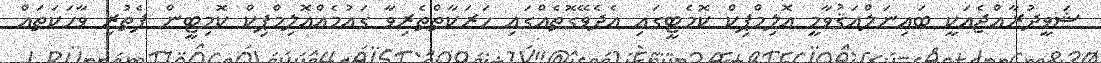
ޝަވީދުރާއްޖެއަކީ ބައިނަލްއަޤުވާމީ އޮލިމްޕިކް ކޮމެޓީގައި އެދެވޭގޮތެއްގައި ހަރަކާތްތެރިވާ ގައުމެއްއޮލިމްޕިކް ކޮމިޓީން ފެތުރި ވާހަކަތައް